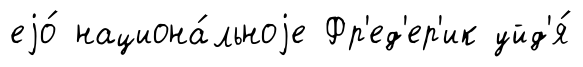
еjо́ национа́льноjе Фр'ед'ер'ик уйд'я́